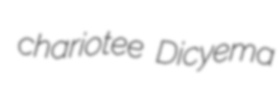
chariotee Dicyema